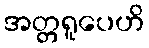
အတ္တရူပေဟိ